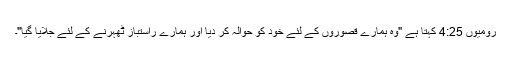
رومیوں 4:25 کہتا ہے "وہ ہمارے قصوروں کے لئے خود کو حوالہ کر دیا اور ہمارے راستباز ٹھہرنے کے لئے جلایا گیا"۔